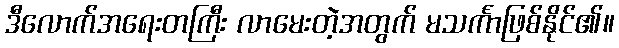
ဒီလောက်အရေးတကြီး လာမေးတဲ့အတွက် မသင်္ကာဖြစ်နိုင်၏။